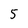
Character: 5